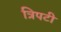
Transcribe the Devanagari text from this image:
त्रिपटी